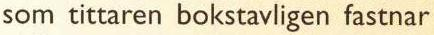
som tittaren bokstavligen fastnar